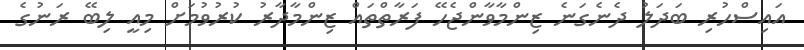
އައިސްހުރި ބަދަލު ދެނެގަނެ ޒިންމާވާންޖެހޭ ފަރާތްތައް ޒިންމާދާރު ކުރުވުމަށް މިއީ ލިބޭ ރަނުގެ